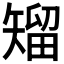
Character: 𥏵